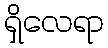
ရှိလေရာ